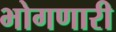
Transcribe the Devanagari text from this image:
भोगणारी